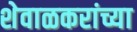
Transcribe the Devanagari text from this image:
शेवाळकरांच्या